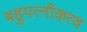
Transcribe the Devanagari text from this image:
बहुपत्नीकत्व